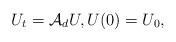
LaTeX: \begin{align*}U_t=\mathcal{A}_dU,U(0)=U_0, \end{align*}